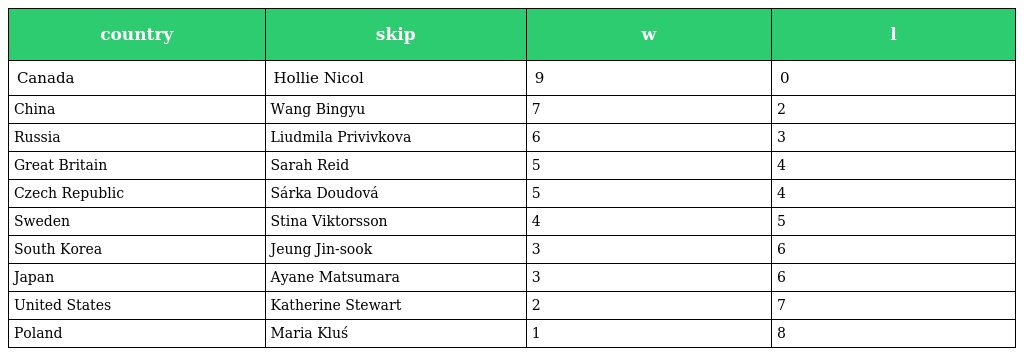
| country | skip | w | l |
 | --- | --- | --- | --- |
 | Canada | Hollie Nicol | 9 | 0 |
 | China | Wang Bingyu | 7 | 2 |
 | Russia | Liudmila Privivkova | 6 | 3 |
 | Great Britain | Sarah Reid | 5 | 4 |
 | Czech Republic | Sárka Doudová | 5 | 4 |
 | Sweden | Stina Viktorsson | 4 | 5 |
 | South Korea | Jeung Jin-sook | 3 | 6 |
 | Japan | Ayane Matsumara | 3 | 6 |
 | United States | Katherine Stewart | 2 | 7 |
 | Poland | Maria Kluś | 1 | 8 |